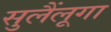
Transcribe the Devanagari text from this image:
सुलैंलूगा